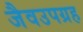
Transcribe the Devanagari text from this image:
जैवउपग्रह